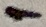
Text: 1